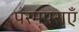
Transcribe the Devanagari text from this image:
परमपराएँ